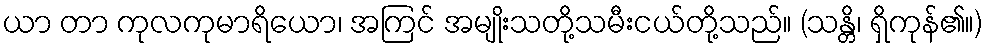
ယာ တာ ကုလကုမာရိယော၊ အကြင် အမျိုးသတို့သမီးငယ်တို့သည်။ (သန္တိ၊ ရှိကုန်၏။)